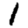
Digit: 1